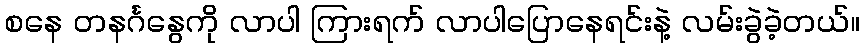
စနေ တနင်္ဂနွေကို လာပါ ကြားရက် လာပါပြောနေရင်းနဲ့ လမ်းခွဲခဲ့တယ်။